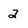
Character: 2